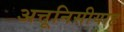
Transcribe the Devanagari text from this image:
अत्तूनिसीयाह